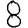
Digit: 8